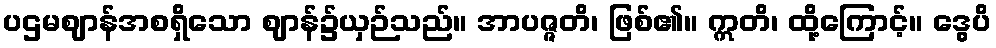
ပဌမဈာန်အစရှိသော ဈာန်၌ယှဉ်သည်။ အာပဇ္ဇတိ၊ ဖြစ်၏။ ဣတိ၊ ထို့ကြောင့်။ ဒွေပိ